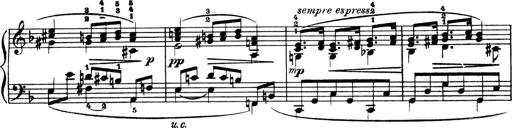
Title: 4 Sonatines
Composer: Max Reger